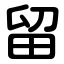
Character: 留